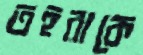
তহুরাকে